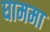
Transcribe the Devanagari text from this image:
घाममा